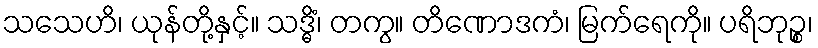
သသေဟိ၊ ယုန်တို့နှင့်။ သဒ္ဓိံ၊ တကွ။ တိဏောဒကံ၊ မြက်ရေကို။ ပရိဘုဉ္စ၊